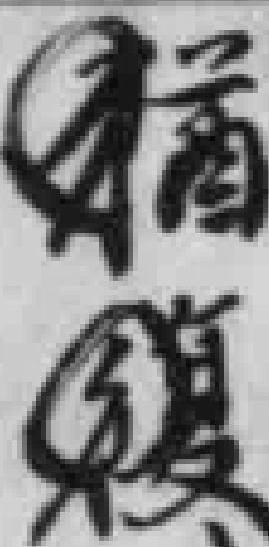
猶復